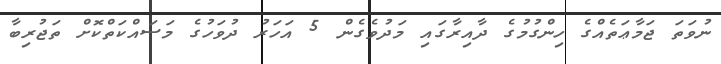
ނުވަތަ ޖަމާޢަތެއްގެ ހިންގުމުގެ ދާއިރާގައި މަދުވެގެން 5 އަހަރު ދުވަހުގެ މަސައްކަތްކޮށް ތަޖުރިބާ